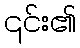
၎င်း၏